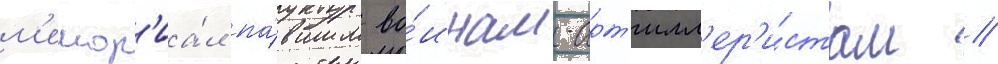
м'емор'иа́л па́вшим во́инам-арт'илл'ер'и́стам //